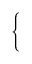
\left\{ \begin{array} { c } { \begin{array} { r l } \end{array} } \\ { \begin{array} { r l } \end{array} } \end{array} \right.